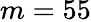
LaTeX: m=55